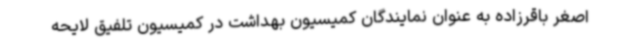
اصغر باقرزاده به عنوان نمایندگان کمیسیون بهداشت در کمیسیون تلفیق لایحه